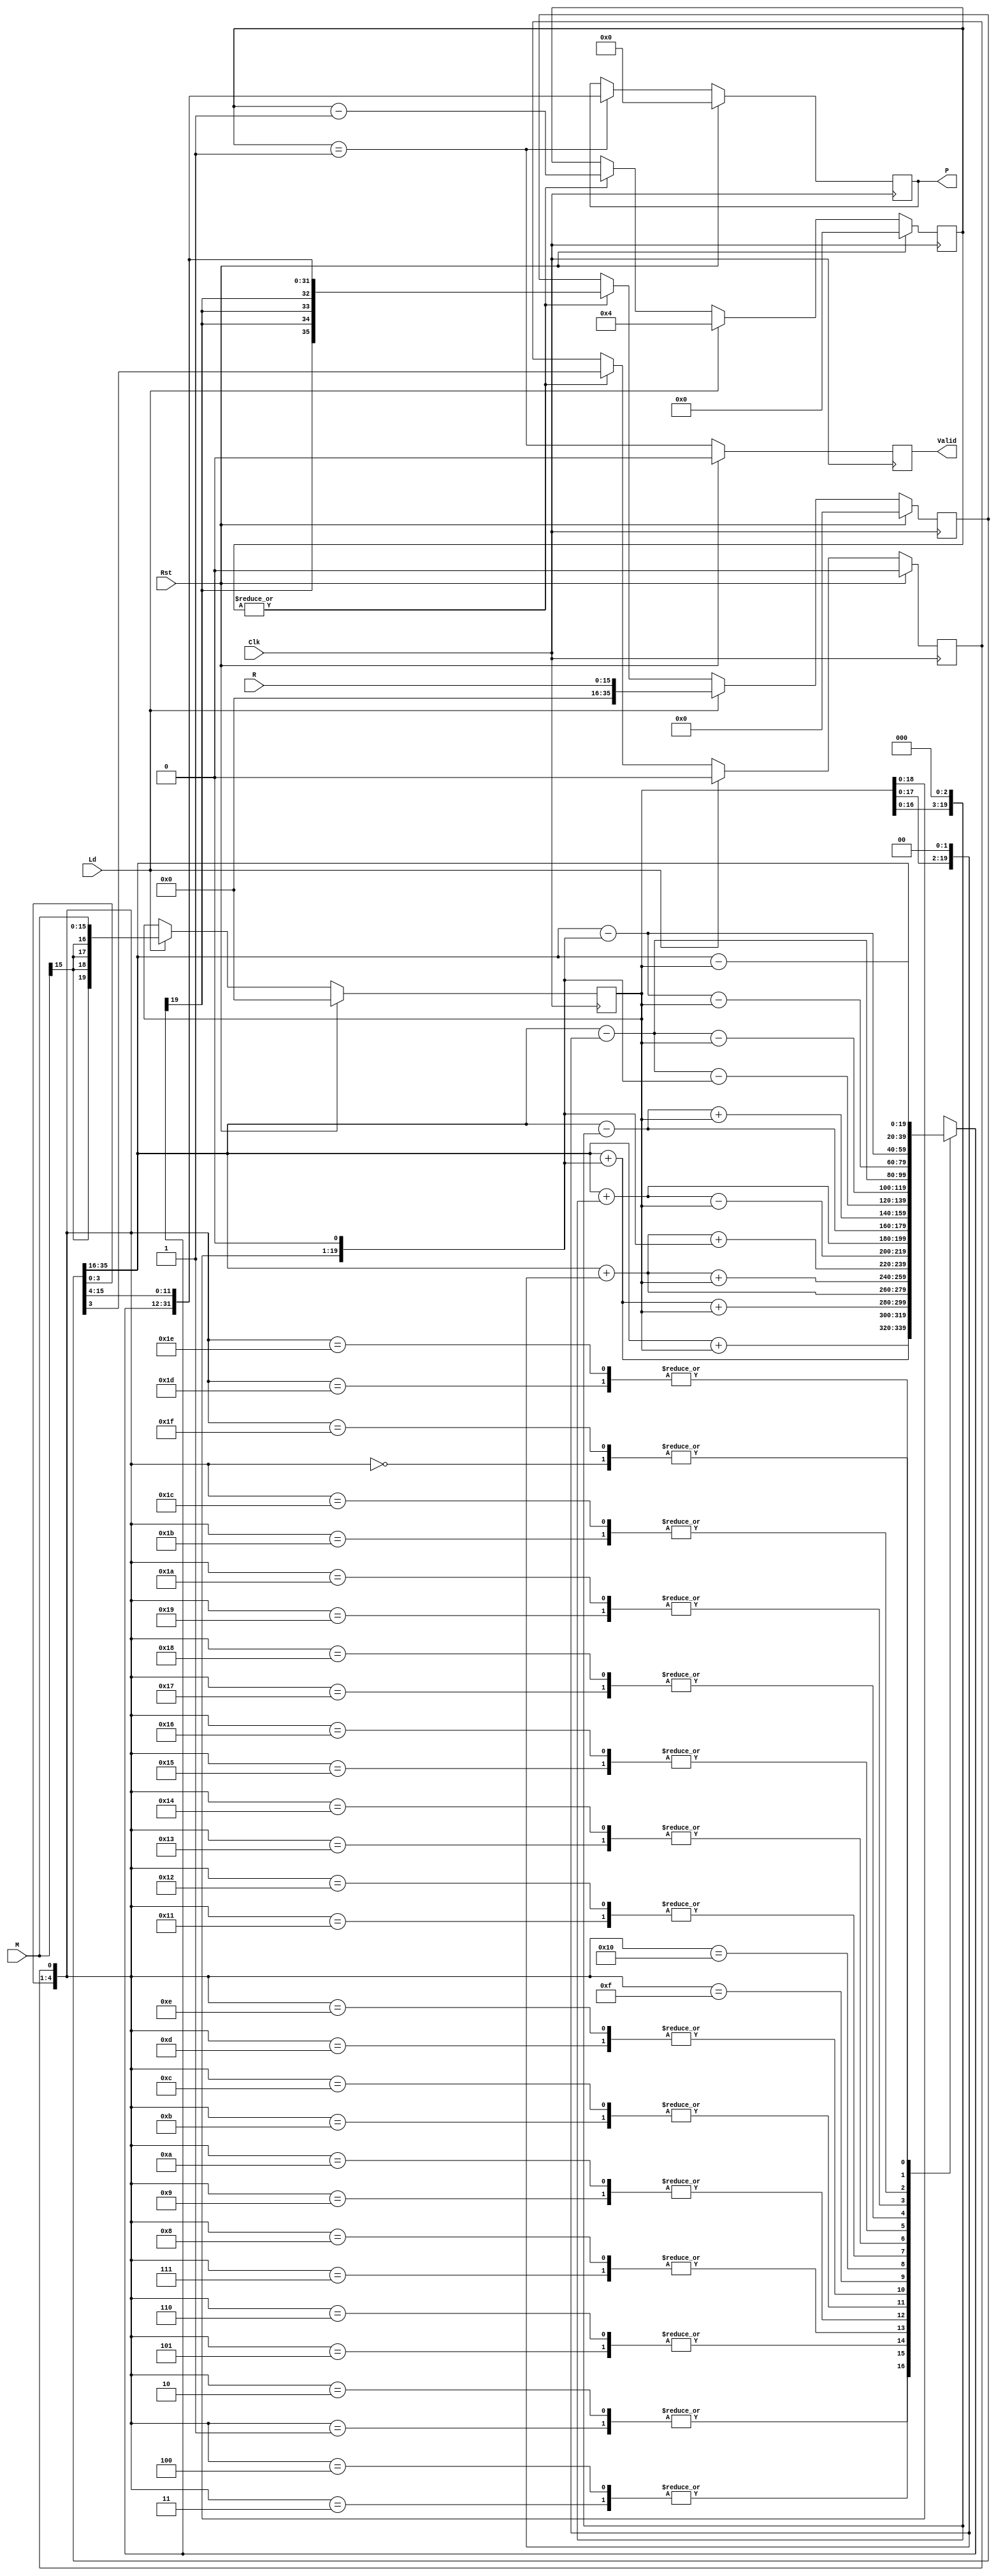
module Booth_Multiplier_4x #(
    parameter N = 16                
)(
    input   Rst,                    
    input   Clk,                    
    input   Ld,                     
    input   [(N - 1):0] M,          
    input   [(N - 1):0] R,          
    output  reg Valid,              
    output  reg [((2*N) - 1):0] P   
);
localparam pNumCycles = ((N + 1)/4);    
reg     [4:0] Cntr;                     
reg     [4:0] Booth;                    
reg     Guard;                          
reg     [(N + 3):0] A;                  
reg     [(N + 3):0] S;                  
wire    [(N + 3):0] Hi;                 
reg     [((2*N) + 3):0] Prod;           
always @(posedge Clk)
begin
    if(Rst)
        Cntr <= #1 0;
    else if(Ld)
        Cntr <= #1 pNumCycles;
    else if(|Cntr)
        Cntr <= #1 (Cntr - 1);
end
always @(posedge Clk)
begin
    if(Rst)
        A <= #1 0;
    else if(Ld)
        A <= #1 {{4{M[(N - 1)]}}, M};
end
always @(*) Booth <= {Prod[3:0], Guard};    
assign Hi = Prod[((2*N) + 3):N];            
always @(*)
begin
    case(Booth)
        5'b00000 : S <= Hi;                         
        5'b00001 : S <= Hi +  A;                    
        5'b00010 : S <= Hi +  A;                    
        5'b00011 : S <= Hi + {A, 1'b0};             
        5'b00100 : S <= Hi + {A, 1'b0};             
        5'b00101 : S <= Hi + {A, 1'b0} +  A;        
        5'b00110 : S <= Hi + {A, 1'b0} +  A;        
        5'b00111 : S <= Hi + {A, 2'b0};             
        5'b01000 : S <= Hi + {A, 2'b0};             
        5'b01001 : S <= Hi + {A, 2'b0} +  A;        
        5'b01010 : S <= Hi + {A, 2'b0} +  A;        
        5'b01011 : S <= Hi + {A, 2'b0} + {A, 1'b0}; 
        5'b01100 : S <= Hi + {A, 2'b0} + {A, 1'b0}; 
        5'b01101 : S <= Hi + {A, 3'b0} -  A;        
        5'b01110 : S <= Hi + {A, 3'b0} -  A;        
        5'b01111 : S <= Hi + {A, 3'b0};             
        5'b10000 : S <= Hi - {A, 3'b0};             
        5'b10001 : S <= Hi - {A, 3'b0} +  A;        
        5'b10010 : S <= Hi - {A, 3'b0} +  A;        
        5'b10011 : S <= Hi - {A, 2'b0} - {A, 1'b0}; 
        5'b10100 : S <= Hi - {A, 2'b0} - {A, 1'b0}; 
        5'b10101 : S <= Hi - {A, 2'b0} -  A;        
        5'b10110 : S <= Hi - {A, 2'b0} -  A;        
        5'b10111 : S <= Hi - {A, 2'b0};             
        5'b11000 : S <= Hi - {A, 2'b0};             
        5'b11001 : S <= Hi - {A, 1'b0} -  A;        
        5'b11010 : S <= Hi - {A, 1'b0} -  A;        
        5'b11011 : S <= Hi - {A, 1'b0};             
        5'b11100 : S <= Hi - {A, 1'b0};             
        5'b11101 : S <= Hi -  A;                    
        5'b11110 : S <= Hi -  A;                    
        5'b11111 : S <= Hi;                         
    endcase
end
always @(posedge Clk)
begin
    if(Rst)
        Prod <= #1 0;
    else if(Ld)
        Prod <= #1 R;
    else if(|Cntr)  
        Prod <= #1 {{4{S[(N + 3)]}}, S, Prod[(N - 1):4]};
end
always @(posedge Clk)
begin
    if(Rst)
        Guard <= #1 0;
    else if(Ld)
        Guard <= #1 0;
    else if(|Cntr)
        Guard <= #1 Prod[3];
end
always @(posedge Clk)
begin
    if(Rst)
        P <= #1 0;
    else if(Cntr == 1)
        P <= #1 {S, Prod[(N - 1):4]};
end
always @(posedge Clk)
begin
    if(Rst)
        Valid <= #1 0;
    else
        Valid <= #1 (Cntr == 1);
end
endmodule